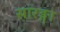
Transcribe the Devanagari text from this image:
सारङ्गा